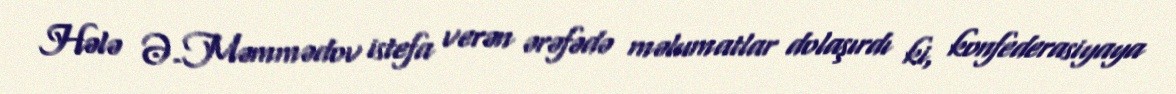
Hələ Ə.Məmmədov istefa verən ərəfədə məlumatlar dolaşırdı ki, konfederasiyaya